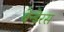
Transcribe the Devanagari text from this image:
बेन्ड़ेरस